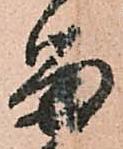
留